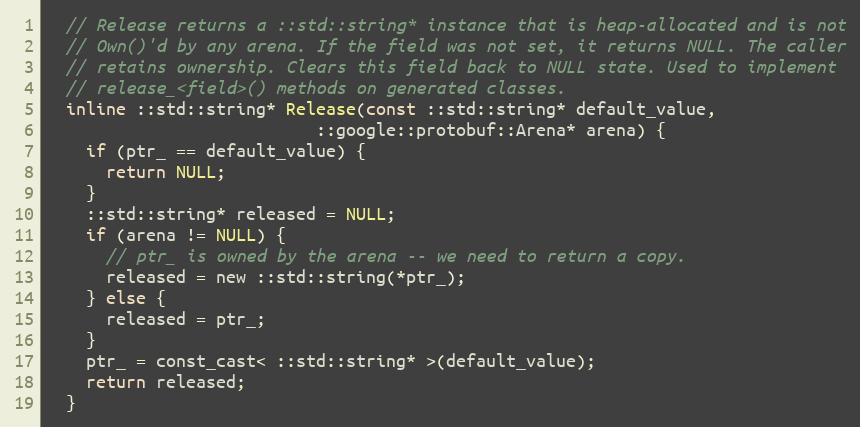
Language: C
  // Release returns a ::std::string* instance that is heap-allocated and is not
  // Own()'d by any arena. If the field was not set, it returns NULL. The caller
  // retains ownership. Clears this field back to NULL state. Used to implement
  // release_<field>() methods on generated classes.
  inline ::std::string* Release(const ::std::string* default_value,
                           ::google::protobuf::Arena* arena) {
    if (ptr_ == default_value) {
      return NULL;
    }
    ::std::string* released = NULL;
    if (arena != NULL) {
      // ptr_ is owned by the arena -- we need to return a copy.
      released = new ::std::string(*ptr_);
    } else {
      released = ptr_;
    }
    ptr_ = const_cast< ::std::string* >(default_value);
    return released;
  }